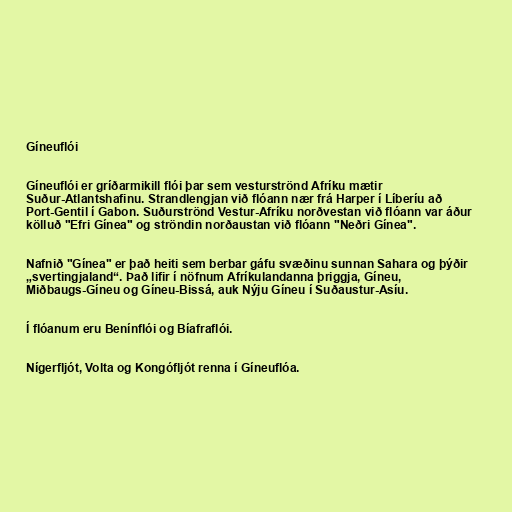
Gíneuflói

Gíneuflói er gríðarmikill flói þar sem vesturströnd Afríku mætir
Suður-Atlantshafinu. Strandlengjan við flóann nær frá Harper í Líberíu að
Port-Gentil í Gabon. Suðurströnd Vestur-Afríku norðvestan við flóann var áður
kölluð "Efri Gínea" og ströndin norðaustan við flóann "Neðri Gínea".

Nafnið "Gínea" er það heiti sem berbar gáfu svæðinu sunnan Sahara og þýðir
„svertingjaland“. Það lifir í nöfnum Afríkulandanna þriggja, Gíneu,
Miðbaugs-Gíneu og Gíneu-Bissá, auk Nýju Gíneu í Suðaustur-Asíu.

Í flóanum eru Benínflói og Bíafraflói.

Nígerfljót, Volta og Kongófljót renna í Gíneuflóa.